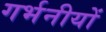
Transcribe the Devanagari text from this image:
गर्भनीयों